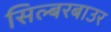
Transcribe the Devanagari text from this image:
सिल्बरबाउर